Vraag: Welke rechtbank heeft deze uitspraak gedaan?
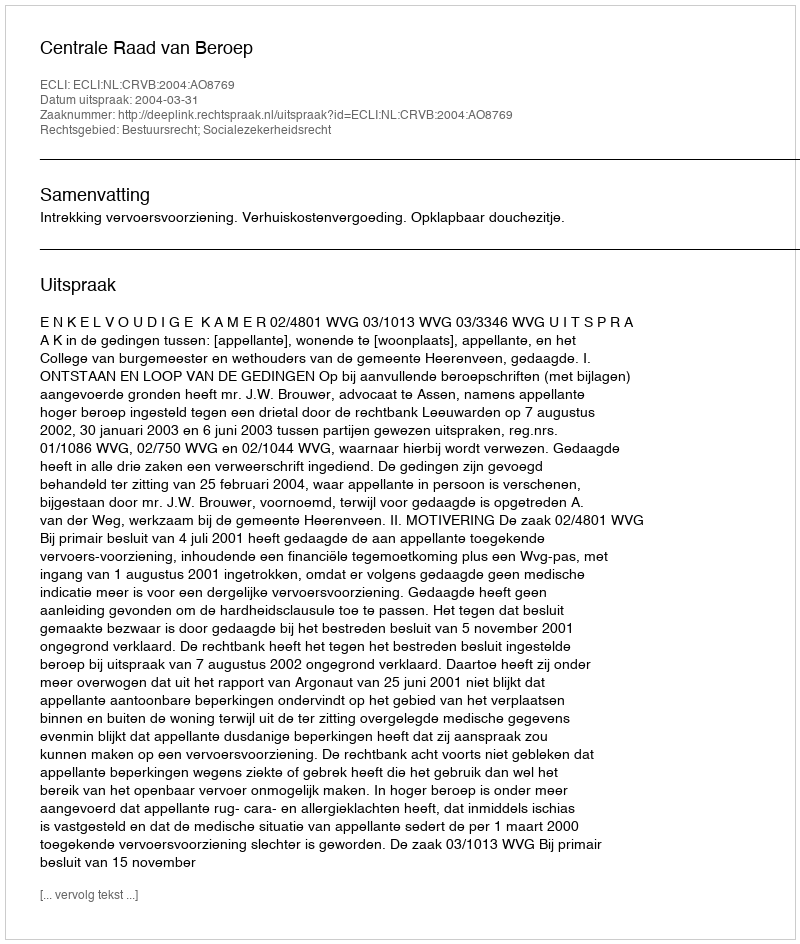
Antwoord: Centrale Raad van Beroep